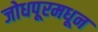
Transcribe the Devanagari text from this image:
जोधपूरमधून